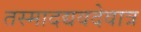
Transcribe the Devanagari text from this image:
तस्मादद्यवदेवात्र